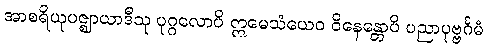
အာစရိယုပဇ္ဈာယာဒီသု ပုဂ္ဂလောပိ ဣမေသံယေဝ ဝိနေန္တောပိ ပညာပုဗ္ဗင်္ဂမံ